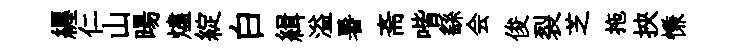
纒仁山暘燼綻白緝溢暑斋喈繇会俊裂芝拖挾慊